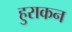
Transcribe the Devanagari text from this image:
हुराकन